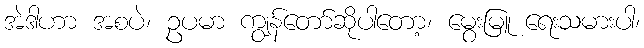
အဲဒါဟာ အစပဲ၊ ဥပမာ ကျွန်တော်ဆိုပါတော့၊ မွေးမြူ ရေးသမားပါ၊